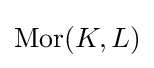
\operatorname {Mor} (K,L)